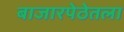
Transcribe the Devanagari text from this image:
बाजारपेठेतला